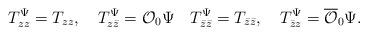
LaTeX: \begin{align*}T_{zz}^{\Psi}=T_{zz},\hspace{1em}T_{z\bar{z}}^{\Psi}={\cal O}_{0}\Psi\hspace{1em}T_{\bar{z}\bar{z}}^{\Psi}=T_{\bar{z}\bar{z}},\hspace{1em}T_{\bar{z} z}^{\Psi}=\overline{\cal O}_{0}\Psi .\end{align*}